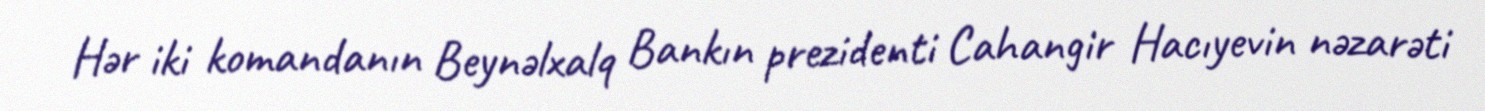
Hər iki komandanın Beynəlxalq Bankın prezidenti Cahangir Hacıyevin nəzarəti